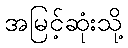
အမြင့်ဆုံးသို့